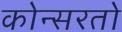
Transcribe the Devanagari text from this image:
कोन्सरतो